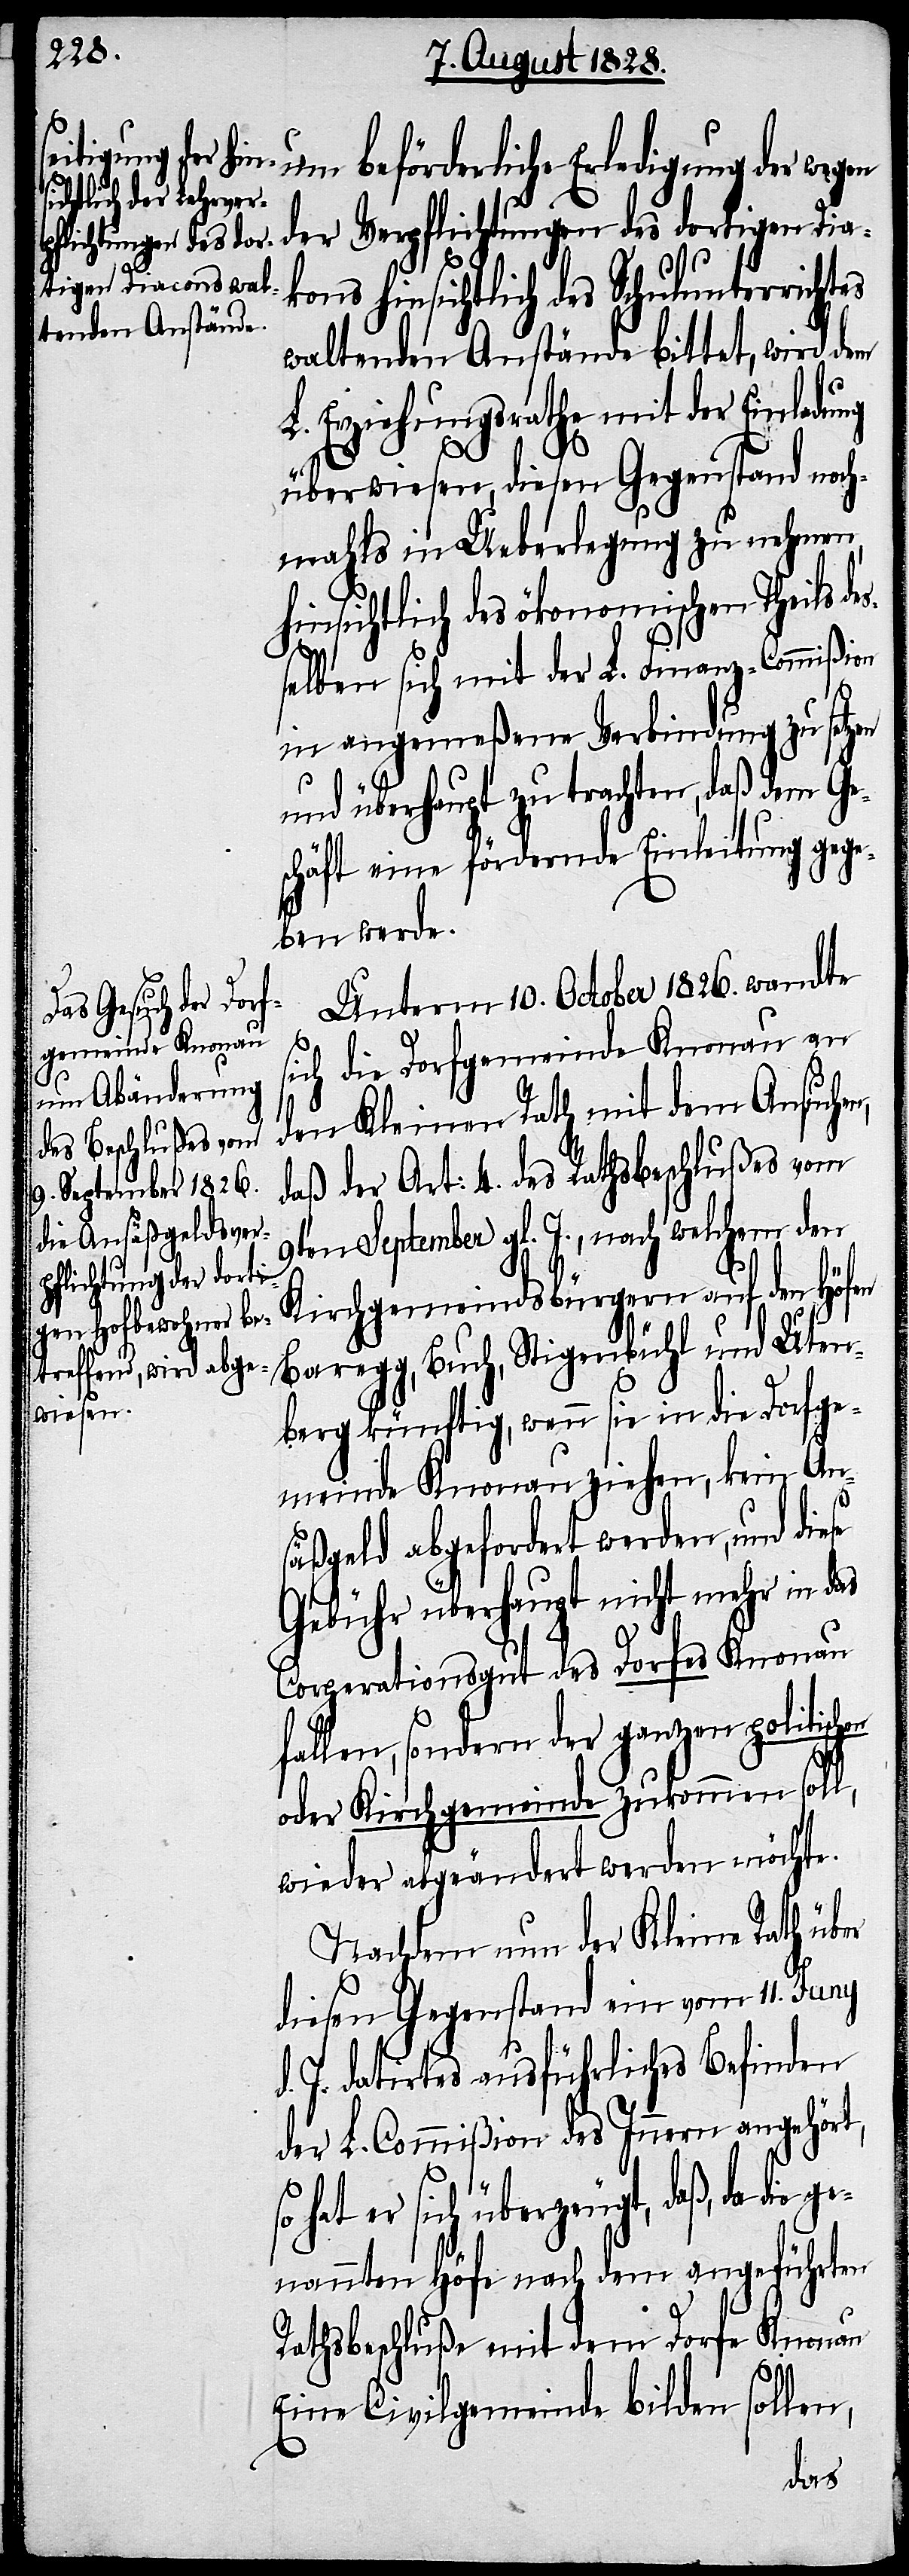
um beförderliche Erledigung der wegen
der Verpflichtungen des dortigen Dia¬
kons hinsichtlich des Schulunterrichtes
waltenden Anstände bittet, wird dem
L. Erziehungsrathe mit der Einladung
überwiesen, diesen Gegenstand noch¬
mahls in Ueberlegung zu nehmen,
insichtlich des ökonomischen Theils d¬
selben sich mit der L. Finanz-Commißion
d.
in angemeßene Verbindung zu setzen
und überhaupt zu trachten, daß dem Ge¬
schäft eine fördernde Einleitung gege¬
ben werde.
Unterm 10. Oktober 1826. wandte
sich die Dorfgemeinde Knonau an
den Kleinen Rath mit dem Ansuchen,
daß der Art: 4. des Rathsbeschlußes vom
9ten September gl. J., nach welchem den
Kirchgemeindsbürgern auf den Höfen
Baregg, Buch, Stigenbühl und Uten¬
berg künftig, wenn sie in die Dorfge¬
meinde Knonau ziehen, kein An¬
so
säßgeld abgefordert werden, und die¬
Gebühr überhaupt nicht mehr in das
Corporationsgut des Dorfes Knonau
fallen, sondern der ganzen politischen
oder Kirchgemeinde zukommen soll,
wieder abgeändert werden möchte.
Nachdem nun der Kleine Rath über
diesen Gegenstand ein vom 11. Juny
J. datirtes ausführliches Befinden
der L. Commißion des Innern angehört,
hat er sich überzeugt, daß, da die
genannten Höfe nach dem angeführten
Rathsbeschluße mit dem Dorfe Knonau
Eine Civilgemeinde bilden sollen,